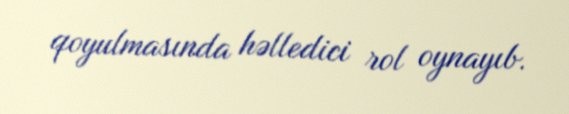
qoyulmasında həlledici rol oynayıb.